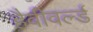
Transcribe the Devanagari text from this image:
हैवीवर्ल्ड